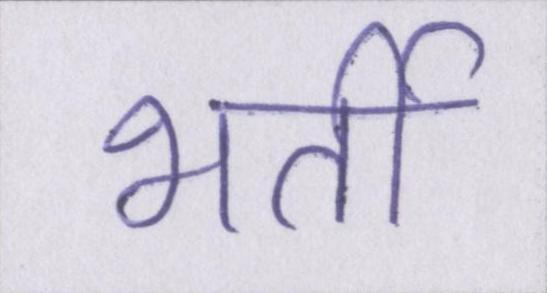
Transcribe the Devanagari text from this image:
भर्ती